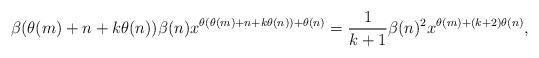
LaTeX: \begin{align*}\beta({\theta(m)+n+k\theta(n)})\beta(n)x^{\theta({\theta(m)+n+k\theta(n)})+\theta(n)}=\frac{1}{k+1}\beta(n)^2x^{\theta(m)+(k+2)\theta(n)},\end{align*}